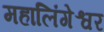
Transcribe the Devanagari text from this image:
महालिंगेश्वर